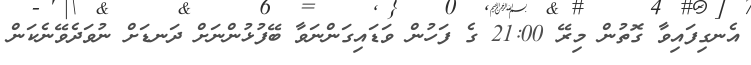
އެނގިފައިވާ ގޮތުން މިރޭ 21:00 ގެ ފަހުން ވަޑައިގަންނަވާ ބޭފުޅުންނަށް ދަނޑަށް ނުވަދެވޭނެކަން